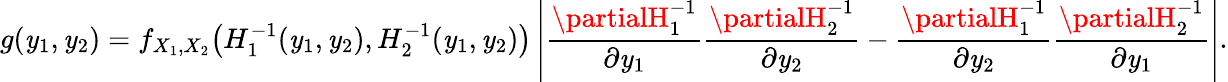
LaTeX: g(\mathit{y}_{1},\mathit{y}_{2})=f_{X_{1},X_{2}}{\big(}H_{1}^{-1}(\mathit{y}_{1},\mathit{y}_{2}),H_{2}^{-1}(\mathit{y}_{1},\mathit{y}_{2}){\big)}\left\vert{\frac{{\partialH_{1}^{-1}}}{{\partial\mathit{y}_{1}}}}{\frac{{\partialH_{2}^{-1}}}{{\partial\mathit{y}_{2}}}}-{\frac{{\partialH_{1}^{-1}}}{{\partial\mathit{y}_{2}}}}{\frac{{\partialH_{2}^{-1}}}{{\partial\mathit{y}_{1}}}}\right\vert.